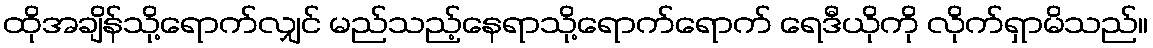
ထိုအချိန်သို့ရောက်လျှင် မည်သည့်နေရာသို့ရောက်ရောက် ရေဒီယိုကို လိုက်ရှာမိသည်။